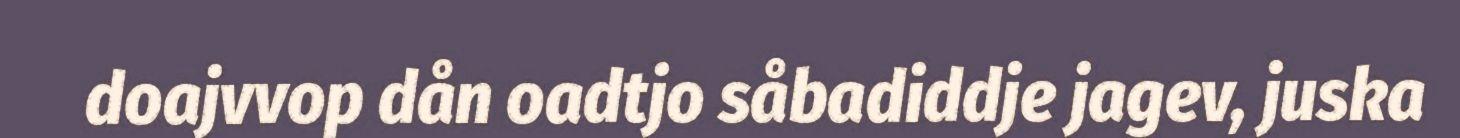
doajvvop dån oadtjo såbadiddje jagev, juska